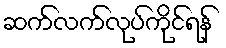
ဆက်လက်လုပ်ကိုင်ရန်